Civil Veterinary Dept. Bombay admin report 1914-1922 - 1914-1922
Year: 1914
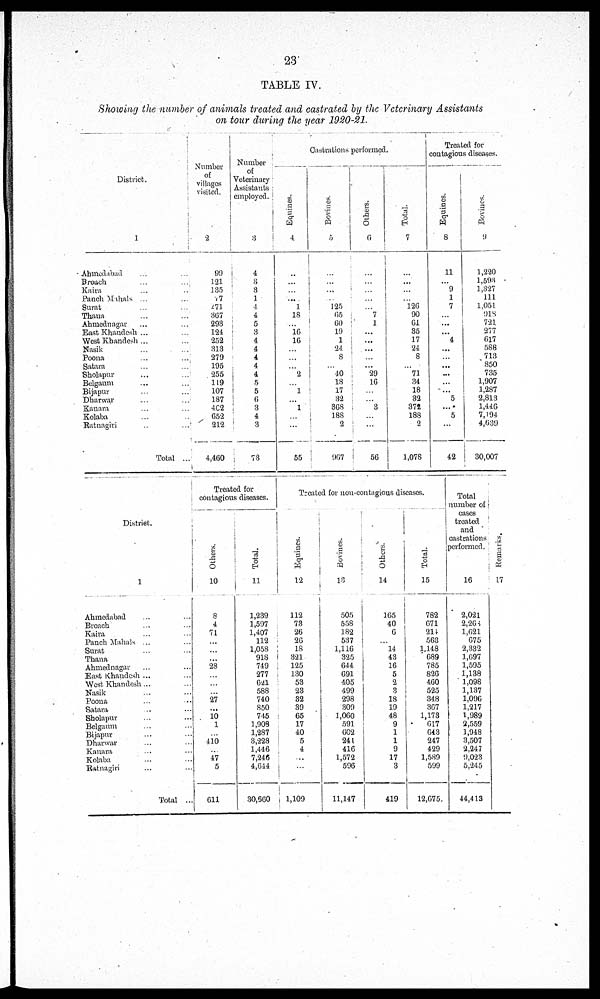
23
TABLE IV.
Showing the number of animals treated and castrated by the Veterinary Assistants
on tour during the year 1920-21.
District.
1
Ahmedabad ... ...
Broach ... ...
Kaira ... ...
Panch Mahals ... ...
Surat ... ...
Thana ... ...
Ahmednagar ... ...
East Khandesh ... ...
West Khandesh ... ...
Nasik ... ...
Poona
...
...
Satara ... ...
Sholapur ... ...
Belgaum ... ...
Bijapur ... ...
Dharwar ... ...
Kanara ... ...
Kolaba ... ...
Ratnagiri
...
...
Total ...
Number
of
villages
visited.
2
99
121
135
77
271 367
293
124
252
313
279
195
255
119
107
187
402
652
212
4,460
Number
of
Veterinary
Assistants
employed.
3
4
3
3
1
4
4
5
3
4
4
4
4
4
5
5
6
3
4
3
73
Castrations performed.
Equines.
4
...
...
...
...
1
18
...
16
16
...
...
...
2
...
1
...
1
...
...
55
Bovines.
5
...
...
...
... 125
65
60
19
1
24
8
...
40
18
17
82
368
188
2
967
Others.
6
...
...
...
...
...
7
1
...
...
...
...
...
29
16
...
...
3
...
...
56
Total.
7
...
...
...
...
126
90
61
35
17
24
8
...
71
34
18
32
372
188
2
1,078
Treated for
contagious diseases.
Equines.
8
11
...
9
1
7
...
...
...
4
...
...
...
...
5
...
5
...
42
Bovines.
9
1,220
1,593
1,327
111
1,051
918
721
277
617
588
713
850
735
1,907
1,287
2,813
1,446
7,194
4,639
30,007
District.
1
Ahmedabad ... ...
Broach ... ...
Kaira ... ...
Panch Mahals ... ...
Surat ... ...
Thana ... ...
Ahmednagar ... ...
East Khandesh ... ...
West Khandesh ... ...
Nasik ... ...
Poona ... ...
Satara ... ...
Sholapur ... ...
Belgaum ... ...
Bijapur ... ...
Dharwar ... ...
Kanara ... ...
Kolaba
... ...
Ratnagiri ... ...
Total ...
Treated for
contagious diseases.
Others.
10
8
4
71
...
...
...
28
...
...
...
27
...
10
1
...
410
...
47
5
611
Total.
11
1,239
1,597
1,407
112
1,058
918
749
277
621
588
740
850
745
1,908
1,287
3,228
1,446
7,246
4,644
30,660
Treated for non-contagious diseases.
Equines.
12
112
73
26
26
18
321
125
130
53
23
32
39
65
17
40
5
4
...
...
1,109
Bovines.
13
505
558
182
537
1,116
325
644
691
405
499
298
309
1,060
591
602
241
416
1,572
596
11,147
Others.
14
165
40
6
...
14
43
16
5
2
3
18
19
48
9
1
1
9
17
3
419
Total.
15
782
671
214
563
1,148
689
785
826
460
525
348
367
1,173
617
643
247
429
1,589
599
12,675
Total
number of
cases
treated
and
castrations
performed.
16
2,021
2,268
1,021
675
2,332
1,697
1,595
1,138
1,098
1,137
1,096
1,217
1,989
2,559
1,948
3,507
2,247
9,023
5,245
44,413
Remarks.
17